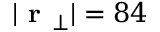
| \textbf { r } _ { \bot } | = 8 4